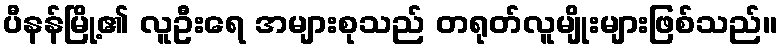
ပီနန်မြို့၏ လူဦးရေ အများစုသည် တရုတ်လူမျိုးများဖြစ်သည်။